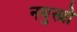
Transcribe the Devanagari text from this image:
नयुस्त्रो